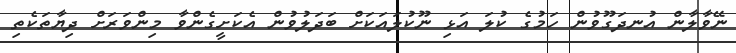
ނޭވާލާން އުނދަގޫވުން ހަމުގެ ކުލަ އަޅި ނޫކުލައަކަށް ބަދަލުވުން އެކަށީގެންވާ މިންވަރަށް ދިޔާތަކެތި